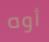
أوه